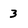
Character: 3